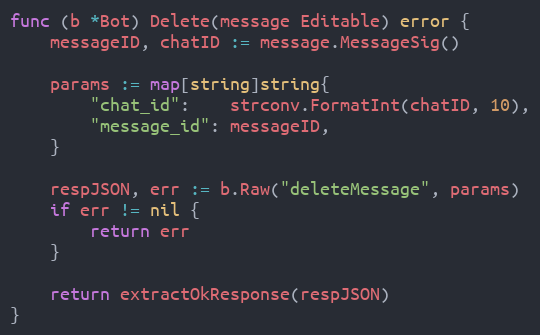
Language: Go
func (b *Bot) Delete(message Editable) error {
	messageID, chatID := message.MessageSig()

	params := map[string]string{
		"chat_id":    strconv.FormatInt(chatID, 10),
		"message_id": messageID,
	}

	respJSON, err := b.Raw("deleteMessage", params)
	if err != nil {
		return err
	}

	return extractOkResponse(respJSON)
}